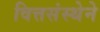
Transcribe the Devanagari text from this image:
वित्तसंस्थेने